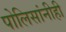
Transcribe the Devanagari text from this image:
पोलिसांनीही